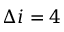
\Delta i = 4